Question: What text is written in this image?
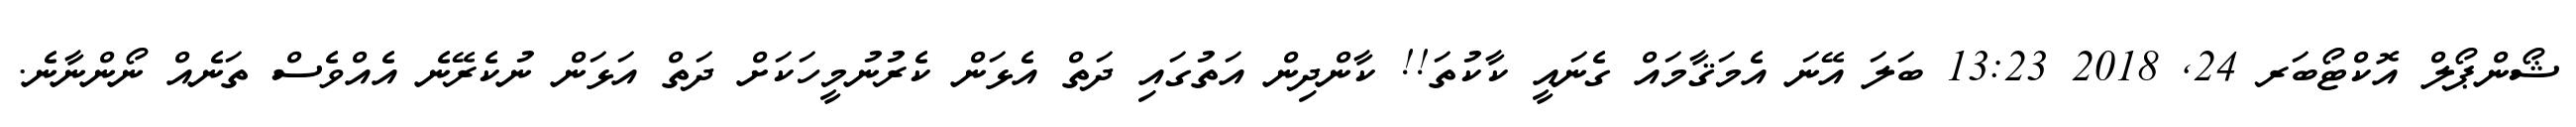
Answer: ޝޯންޕޯލް އޮކްޓޯބަރ 24, 2018 13:23 ބަލަ އޭނަ އެމަޤާމައް ގެނައީ ކާކުތަ!! ކާންދިން އަތުގައި ދަތް އެޅަން ކެރުނުމީހަކަށް ދަތް އަޅަން ނުކެރޭނެ އެއްވެސް ތަނެއް ނޯންނާނެ.